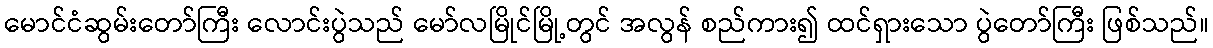
မောင်ငံဆွမ်းတော်ကြီး လောင်းပွဲသည် မော်လမြိုင်မြို့တွင် အလွန် စည်ကား၍ ထင်ရှားသော ပွဲတော်ကြီး ဖြစ်သည်။